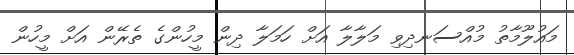
މައުލޫމާތު މުއްސަނދިވި މަލާލާ އަށް ހަމަލާ ދިން މީހުންގެ ތެރޭން އަށް މީހުން